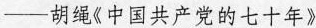
——胡绳《中国共产党的七十年》